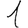
Digit: 1